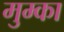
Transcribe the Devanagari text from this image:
मुम्का